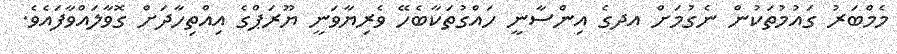
މެމްބަރު ގައުމުތަކުން ނެގުމަށް އދގެ އިންސާނީ ހައްގުތަކާބެހޭ ވެރިޔާވަނީ ޔޫރަޕްގެ އިއްތިހާދަށް ގޮވާލައްވާފައެވެ.